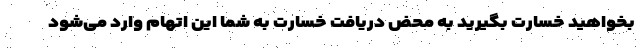
بخواهید خسارت بگیرید به محض دریافت خسارت به شما این اتهام وارد می‌شود